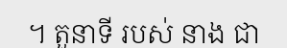
។ តួនាទី របស់ នាង ជា